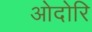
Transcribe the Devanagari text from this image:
ओदोरि